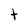
Character: t